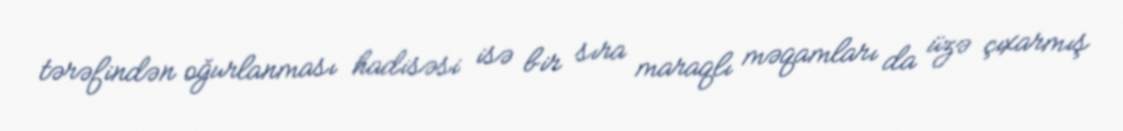
tərəfindən oğurlanması hadisəsi isə bir sıra maraqlı məqamları da üzə çıxarmış